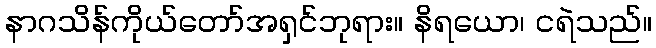
နာဂသိန်ကိုယ်တော်အရှင်ဘုရား။ နိရယော၊ ငရဲသည်။